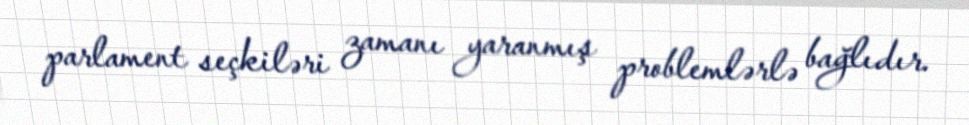
parlament seçkiləri zamanı yaranmış problemlərlə bağlıdır.